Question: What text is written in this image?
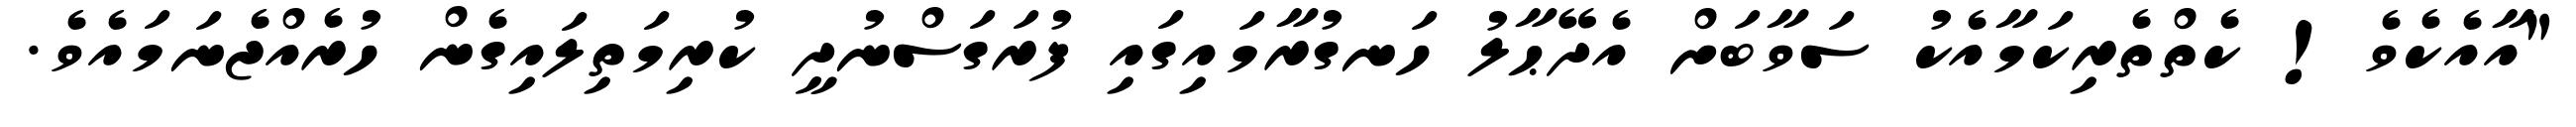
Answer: "އާއެކެވެ! ކެތްތެރިކަމާއެކު ސަވާބަށް އެދޭޙާލު ހަނގުރާމައިގައި ފުރަގަސްނުދީ ކުރިމަތިލައިގެން ހުރެއްޖެނަމައެވެ.